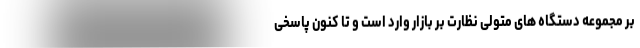
بر مجموعه دستگاه های متولی نظارت بر بازار وارد است و تا کنون پاسخی